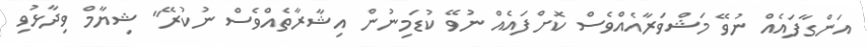
އަންގާފައެއް ނުވޭ މަޝްވަރާއެއްވެސް ކޮށްފައެއް ނުވޭ ކުޑަމިނުން އިޝާރާތެއްވެސް ނުކުރޭ" ޝިޔާމް ވިދާޅުވި